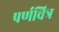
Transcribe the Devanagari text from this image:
पर्णचित्र